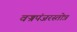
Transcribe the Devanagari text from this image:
वज्रपंजरस्तोत्र